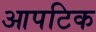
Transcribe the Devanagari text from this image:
आपटिक